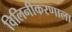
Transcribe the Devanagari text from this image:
विलिनीकरणाला